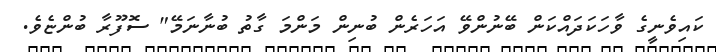
ކައިވެނީގެ ވާހަކަދައްކަން ބޭނުންވޭ އަހަރެން ބުނިން މަންމަ ގާތު ބުނާނަމޭ" ސޮފޫރާ ބުންޏެވެ.